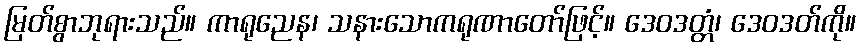
မြတ်စွာဘုရားသည်။ ကာရုညေန၊ သနားသောကရုဏာတော်ဖြင့်။ ဒေဝဒတ္တံ၊ ဒေဝဒတ်ကို။